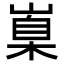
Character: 𡺼